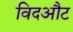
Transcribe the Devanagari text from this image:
विदऔट